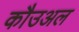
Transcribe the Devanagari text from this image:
कौउअल